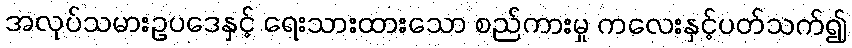
အလုပ်သမားဥပဒေနှင့် ရေးသားထားသော စည်ကားမှု ကလေးနှင့်ပတ်သက်၍